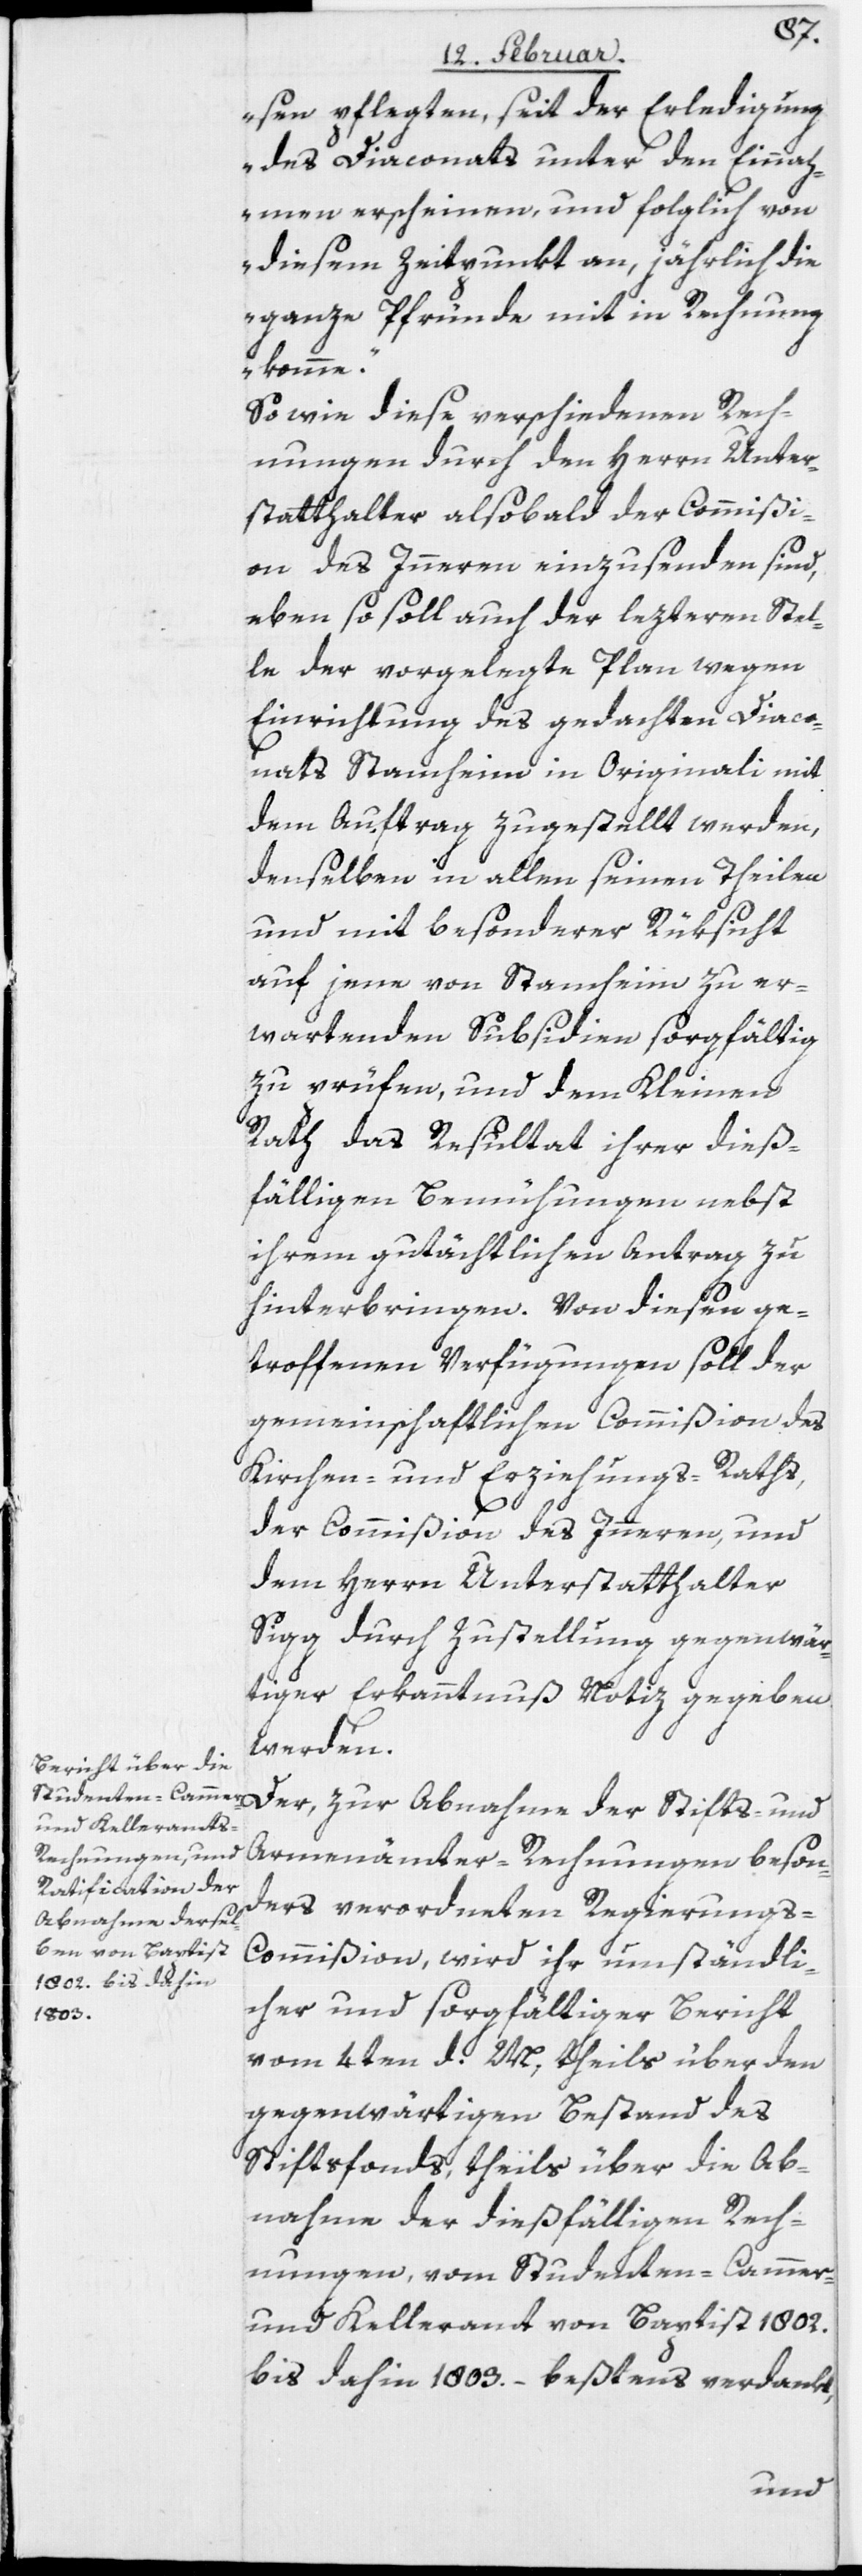
sen pflegten, seit der Erledigung
des Diaconats unter den Einnah¬
men erscheinen, und folglich von
diesem Zeitpunkt an, jährlich die
ganze Pfründe mit in Rechnung
komme“.
So wie diese verschiedenen Rech¬
nungen durch den Herrn Unter¬
statthalter alsobald der Commißi¬
on des Inneren einzusenden sind,
eben so soll auch der lezteren Stel¬
le der vorgelegte Plan wegen
Einrichtung des gedachten Diaco¬
nats Stam[m]heim in Orignali mit
dem Auftrag zugestellt werden,
denselben in allen seinen Theilen
und mit besonderer Rüksicht
auf jene von Stam[m]heim zu er¬
wartenden Subsidien sorgfältig
zu prüfen, und dem Kleinen
Rath das Resultat ihrer dieß¬
fälligen Bemühungen nebst
ihrem gutächtlichen Antrag zu
hinterbringen. Von diesen ge¬
troffenen Verfügungen soll der
gemeinschaftlichen Commißion des
Kirchen- und Erziehungs-Raths,
der Commißion des Inneren, und
dem Herrn Unterstatthalter
Sigg durch Zustellung gegenwär¬
tiger Erkanntnuß Notiz gegeben
werden.
Der, zur Abnahme der Stifts- und
Armenämter-Rechnungen beson¬
ders verordneten Regierungs-C¬
ommißion, wird ihr umständli¬
cher und sorgfältiger Bericht
vom 4ten d. M., theils über den
gegenwärtigen Bestand des
Stiftsfonds, theils über die Ab¬
nahme der dießfälligen Rech¬
nungen, vom Studenten-Cammer-
und Kelleramt von Baptist 1802.
bis dahin 1803. – beßtens verdankt,